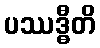
ပဿဒ္ဓီတိ